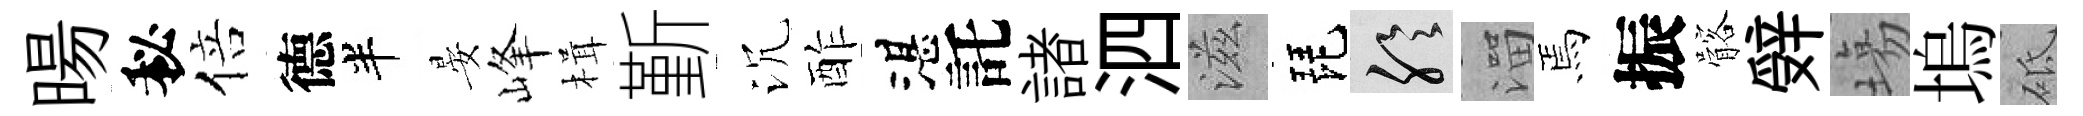
暘秘倍德半晏峰楫斳沉酢湛託諸泗滋琵聆溜焉振髂辤塲塢砥